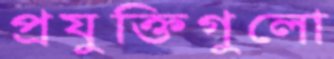
প্রযুক্তিগুলো